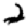
Digit: 2